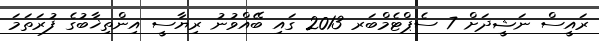
ރައީސް ނަޝީދަށް 7 ސެޕްޓެމްބަރ 2013 ގައި ބޭއްވުނު ރިޔާސީ އިންތިޚާބުގެ ފުރަތަމަ